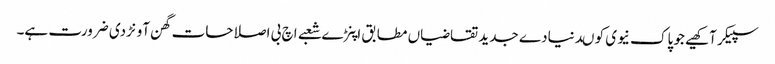
سپیکر آکھیے جو پاک نیوی کو ںدنیادے جدید تقاضیاں مطابق اپنڑے شعبے اچ بی اصلاحات گھن آونڑدی ضرورت ہے۔